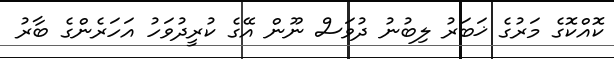
ކޮއްކޮގެ މަރުގެ ޚަބަރު ލިބުނު ދުވަސް ނޫން އޭގެ ކުރީދުވަހު އަހަރެންގެ ބާރު